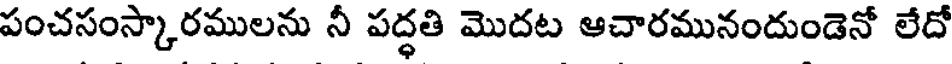
పంచసంస్కారములను నీ పద్ధతి మొదట ఆచారమునందుండెనో లేదో